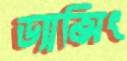
ড্যান্সিং